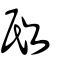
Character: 敃